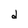
Character: d